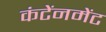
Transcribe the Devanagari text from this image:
कंटेंनमेंट